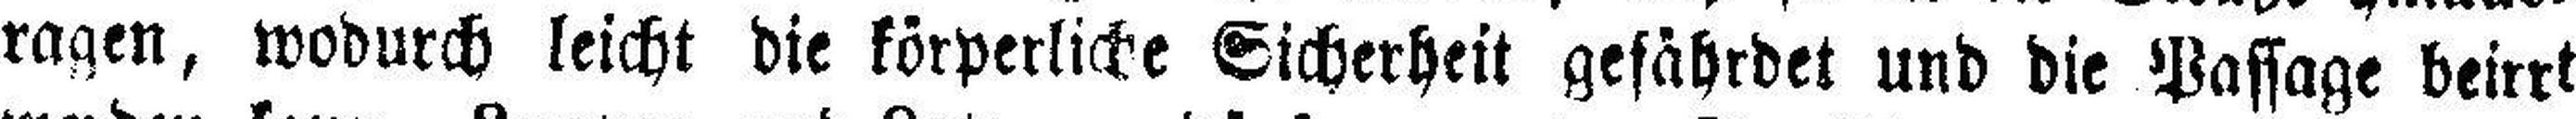
ragen, wodurch leicht die körperliche Sicherheit gefährdet und die Passage beirrt